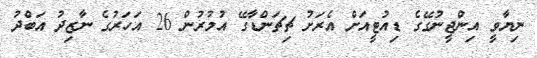
ނިޔާވީ އިންޖީނުގޭގެ ޑިއުޓީއަށް އެރަށު ޗިޗަންޑާގޭ އުމުރުން 26 އަހަރުގެ ނާޒިދު އަބްދު